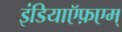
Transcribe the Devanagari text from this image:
इंडियाऍफ़एम्